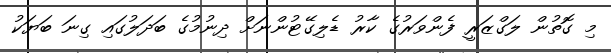
މި ގޮތުން ލަގްޒަރީ ފެންވަރުގެ ކާރު ޑެލިގޭޓުންނަށް ދިނުމުގެ ބަދަލުގައި ގިނަ ބަޔަކު